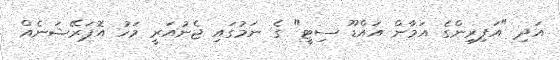
އަދި "އަފިރިންގެ އަމާން އައްޑޫ ސިޓީ" ގެ ނަމުގައި ޖެނުއަރީ މަހު އޮޕަރޭޝަނެއް